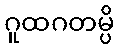
ဂူထဂတမ္ပိ